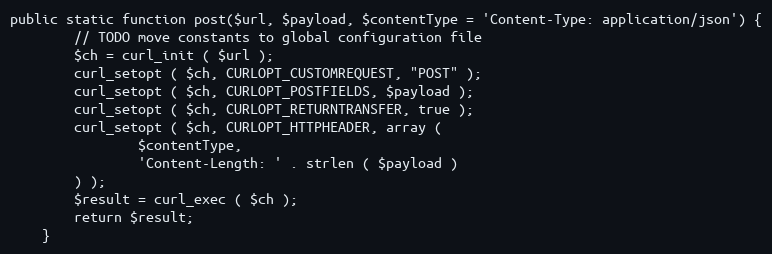
Language: PHP
public static function post($url, $payload, $contentType = 'Content-Type: application/json') {
		// TODO move constants to global configuration file
		$ch = curl_init ( $url );
		curl_setopt ( $ch, CURLOPT_CUSTOMREQUEST, "POST" );
		curl_setopt ( $ch, CURLOPT_POSTFIELDS, $payload );
		curl_setopt ( $ch, CURLOPT_RETURNTRANSFER, true );
		curl_setopt ( $ch, CURLOPT_HTTPHEADER, array (
				$contentType,
				'Content-Length: ' . strlen ( $payload )
		) );
		$result = curl_exec ( $ch );
		return $result;
	}